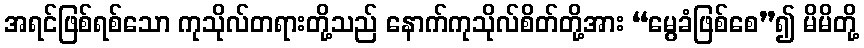
အရင်ဖြစ်ရစ်သော ကုသိုလ်တရားတို့သည် နောက်ကုသိုလ်စိတ်တို့အား “မွေခံဖြစ်စေ”၍ မိမိတို့